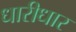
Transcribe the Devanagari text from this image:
धारीधार